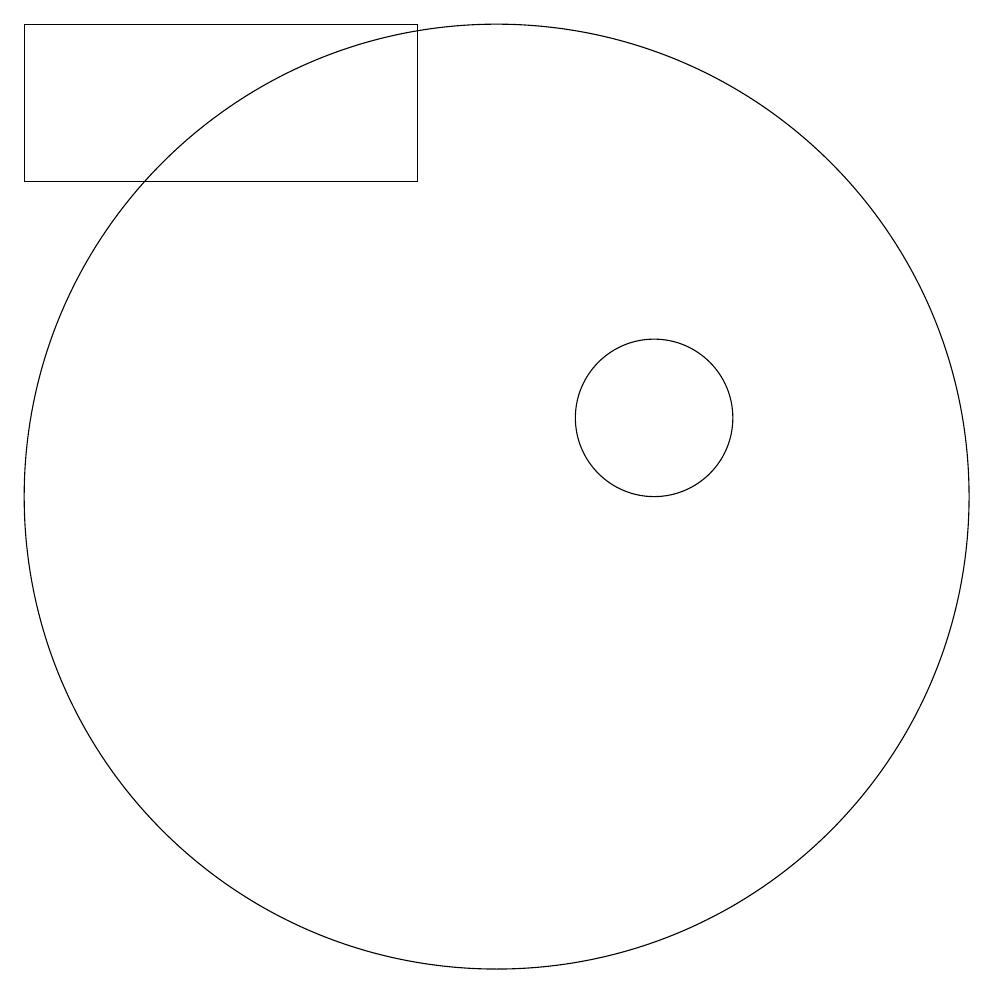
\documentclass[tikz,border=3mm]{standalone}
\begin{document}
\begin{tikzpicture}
\draw (12,11) circle (1);
\draw (4,14) rectangle (9,16);
\draw (10,10) circle (6);
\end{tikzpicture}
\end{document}